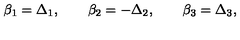
\beta _ { 1 } = \Delta _ { 1 } , \qquad \beta _ { 2 } = - \Delta _ { 2 } , \qquad \beta _ { 3 } = \Delta _ { 3 } ,